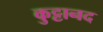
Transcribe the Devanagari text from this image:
कुट्टानद